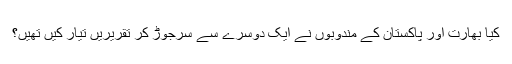
کیا بھارت اور پاکستان کے مندوبوں نے ایک دوسرے سے سرجوڑ کر تقریریں تیار کیں تھیں؟